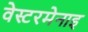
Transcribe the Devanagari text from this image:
वेस्टरमेनाइ